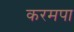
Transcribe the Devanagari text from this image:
करमपा